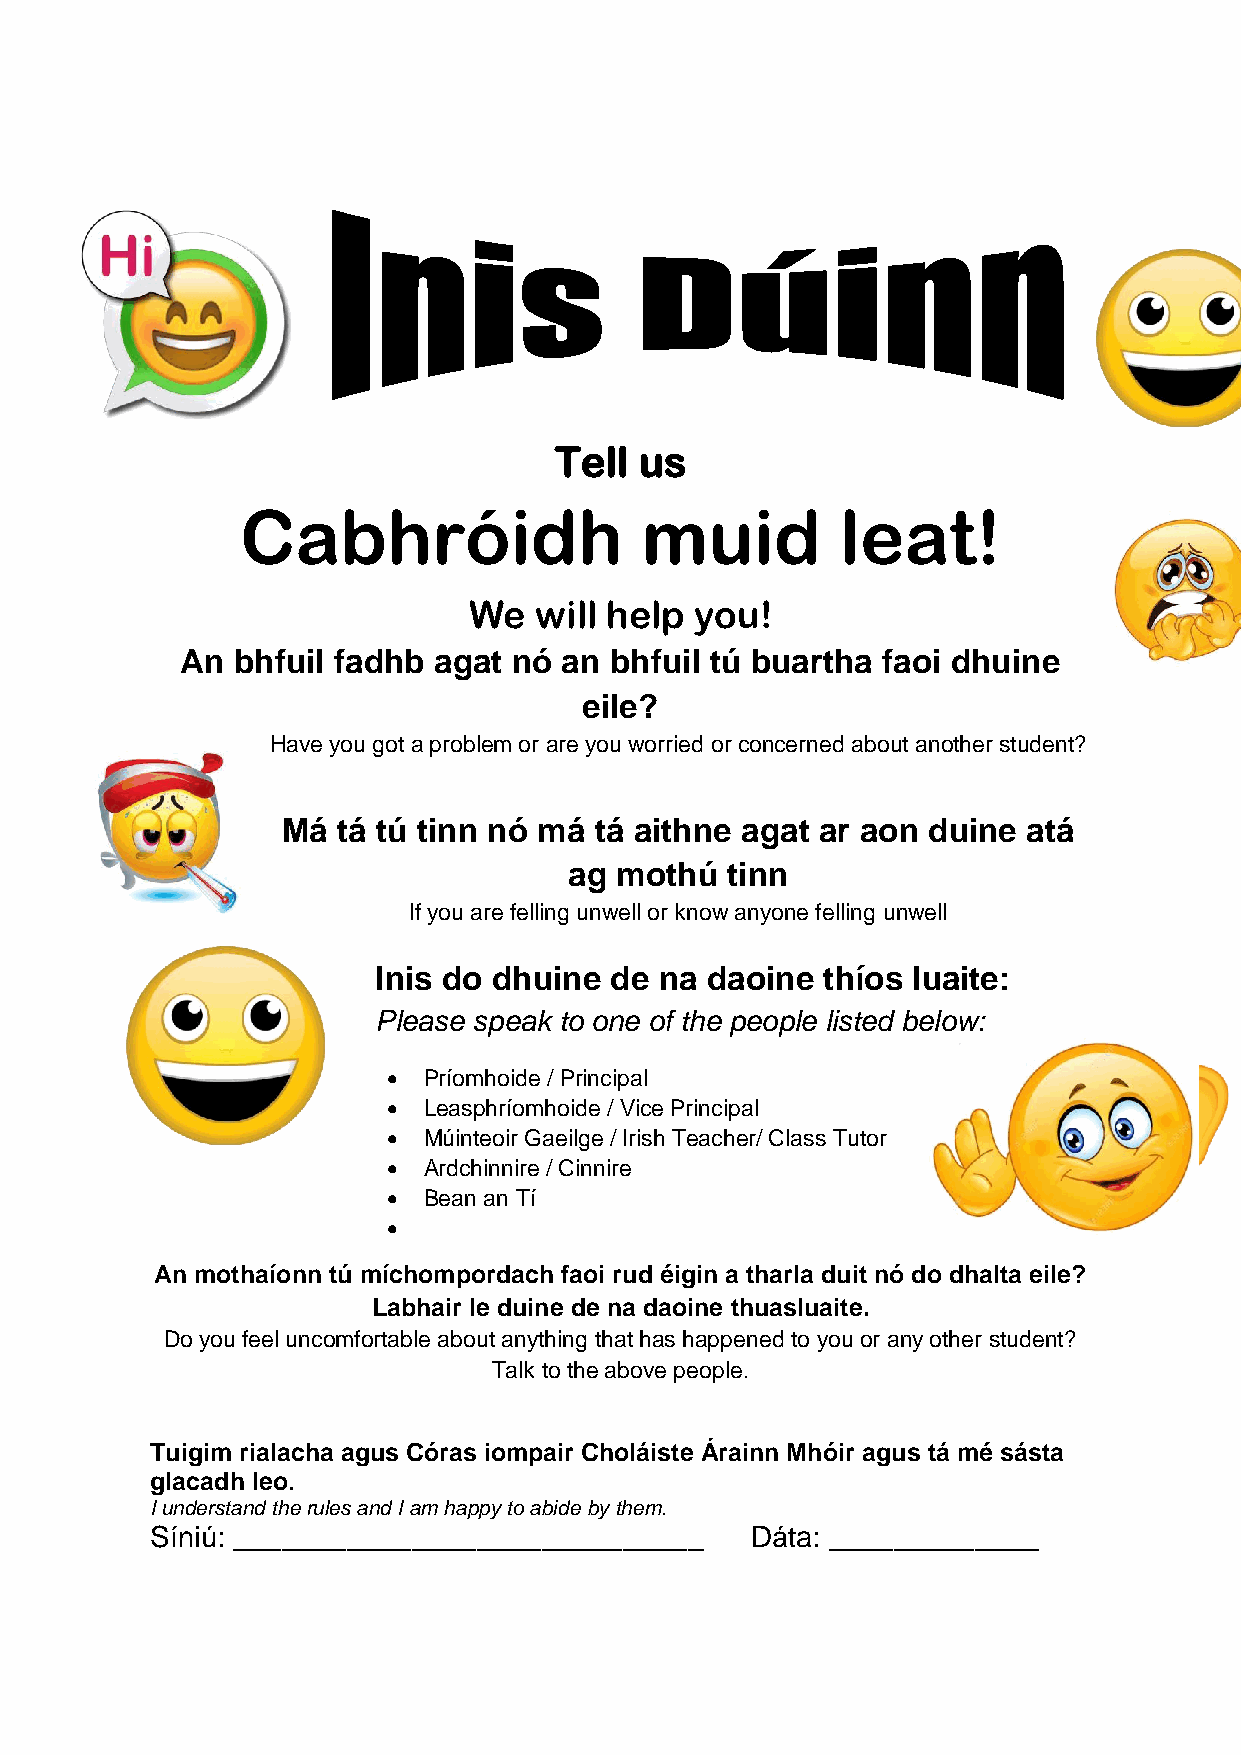
Tell us
 Cabhróidh                 muid          leat!
 We  will help  you!
 An bhfuil fadhb  agat nó an bhfuil tú buartha faoi dhuine
 eile?
 Have you got a problem or are you worried or concerned about another student?
 Má tá tú tinn nó má tá aithne agat ar aon duine  atá
 ag mothú  tinn
 If you are felling unwell or know anyone felling unwell
 Inis do dhuine de  na daoine thíos luaite:
 Please speak to one of the people listed below:
  Príomhoide / Principal
  Leasphríomhoide / Vice Principal
  Múinteoir Gaeilge / Irish Teacher/ Class Tutor
  Ardchinnire / Cinnire
  Bean an Tí
 
 An mothaíonn tú míchompordach faoi rud éigin a tharla duit nó do dhalta eile?
 Labhair le duine de na daoine thuasluaite.
 Do you feel uncomfortable about anything that has happened to you or any other student?
 Talk to the above people.
 Tuigim rialacha agus Córas iompair Choláiste Árainn Mhóir agus tá mé sásta
 glacadh leo.
 I understand the rules and I am happy to abide by them.
 Síniú: _____________________________    Dáta: _____________